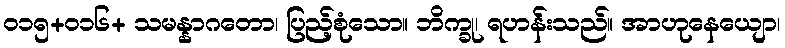
ဝ၁၅+၀၁၆+ သမန္နာဂတော၊ ပြည့်စုံသော။ ဘိက္ခု၊ ရဟန်းသည်။ အာဟုနေယျော၊